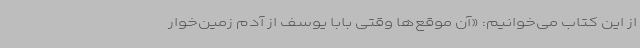
از این کتاب می‌خوانیم: «آن موقع‌ها وقتی بابا یوسف از آدم زمین‌خوار